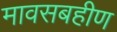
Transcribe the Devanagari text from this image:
मावसबहीण